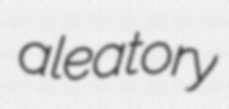
aleatory